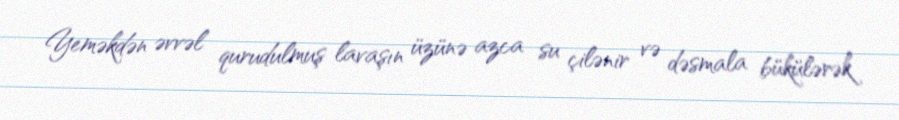
Yeməkdən əvvəl qurudulmuş lavaşın üzünə azca su çilənir və dəsmala bükülərək